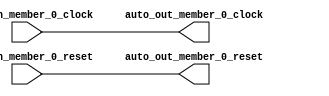
module ClockGroupAggregator_1( // @[:freechips.rocketchip.system.DefaultRV32Config.fir@29037.2]
  input   auto_in_member_0_clock, // @[:freechips.rocketchip.system.DefaultRV32Config.fir@29038.4]
  input   auto_in_member_0_reset, // @[:freechips.rocketchip.system.DefaultRV32Config.fir@29038.4]
  output  auto_out_member_0_clock, // @[:freechips.rocketchip.system.DefaultRV32Config.fir@29038.4]
  output  auto_out_member_0_reset // @[:freechips.rocketchip.system.DefaultRV32Config.fir@29038.4]
);
  assign auto_out_member_0_clock = auto_in_member_0_clock; // @[LazyModule.scala 305:12:freechips.rocketchip.system.DefaultRV32Config.fir@29052.4]
  assign auto_out_member_0_reset = auto_in_member_0_reset; // @[LazyModule.scala 305:12:freechips.rocketchip.system.DefaultRV32Config.fir@29052.4]
endmodule